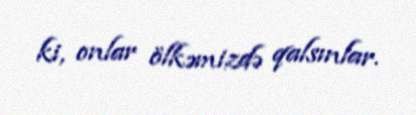
ki, onlar ölkəmizdə qalsınlar.